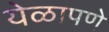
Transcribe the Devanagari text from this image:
येळापणे